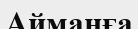
Айманға